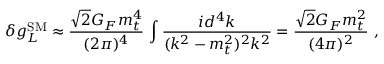
\delta g _ { L } ^ { \mathrm { S M } } \approx \frac { \sqrt { 2 } G _ { F } m _ { t } ^ { 4 } } { ( 2 \pi ) ^ { 4 } } \, \int \frac { i d ^ { 4 } k } { ( k ^ { 2 } - m _ { t } ^ { 2 } ) ^ { 2 } k ^ { 2 } } = \frac { \sqrt { 2 } G _ { F } m _ { t } ^ { 2 } } { ( 4 \pi ) ^ { 2 } } ~ ,